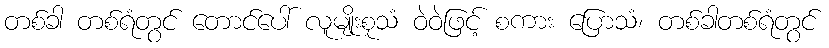
တစ်ခါ တစ်ရံတွင် တောင်ပေါ် လူမျိုးစုသံ ဝဲဝဲဖြင့် စကား ပြောသံ၊ တစ်ခါတစ်ရံတွင်